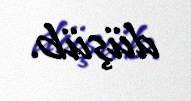
düşüb.